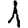
Digit: 1